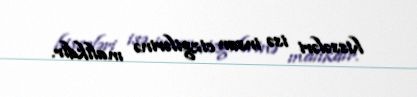
hissələri isə insan cizgilərinə malikdir.